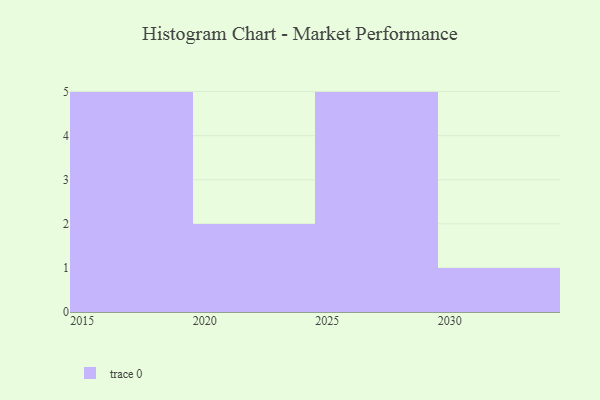
{"axis": {"x": "Year", "y": "Production Output"}, "legend": [""], "data": [{"x": "2025", "y": 45, "type": ""}, {"x": "2015", "y": 53, "type": ""}, {"x": "2029", "y": 47, "type": ""}, {"x": "2028", "y": 44, "type": ""}, {"x": "2020", "y": 100, "type": ""}, {"x": "2023", "y": 38, "type": ""}, {"x": "2027", "y": 24, "type": ""}, {"x": "2030", "y": 20, "type": ""}, {"x": "2026", "y": 10, "type": ""}, {"x": "2017", "y": 30, "type": ""}, {"x": "2019", "y": 14, "type": ""}, {"x": "2016", "y": 61, "type": ""}, {"x": "2018", "y": 18, "type": ""}]}